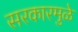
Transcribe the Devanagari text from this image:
सरकारमुळे